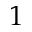
1